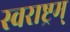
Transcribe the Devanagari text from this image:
स्वराष्ट्रम्‌